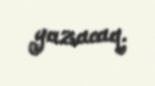
yazacaq.